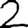
Digit: 2